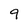
Character: 9